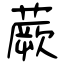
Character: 蕨